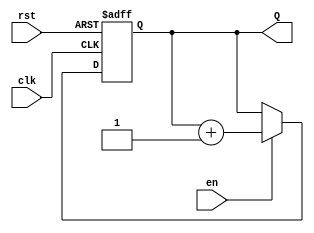
module binary_up_counter (
    input wire clk,      // Clock input
    input wire rst,      // Active-high reset
    input wire en,       // Enable input
    output reg [3:0] Q   // 4-bit output representing the count value
);

// Synchronous logic for the counter
always @(posedge clk or posedge rst) begin
    if (rst) begin
        Q <= 4'b0000; // Reset the counter to zero
    end
    else if (en) begin
        Q <= Q + 1; // Increment the counter
    end
end

endmodule